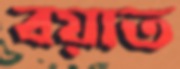
বয়াত